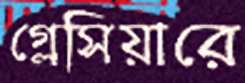
গ্লেসিয়ারে